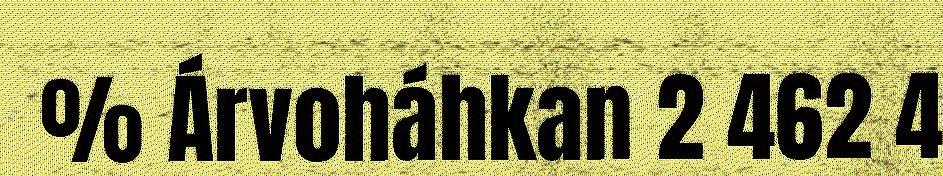
% Árvoháhkan 2 462 4